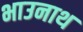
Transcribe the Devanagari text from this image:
भाउनाथ